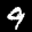
Label: 9